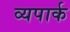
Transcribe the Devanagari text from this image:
व्यपार्क